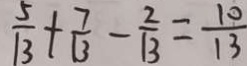
\frac { 5 } { 1 3 } + \frac { 7 } { 1 3 } - \frac { 2 } { 1 3 } = \frac { 1 0 } { 1 3 }